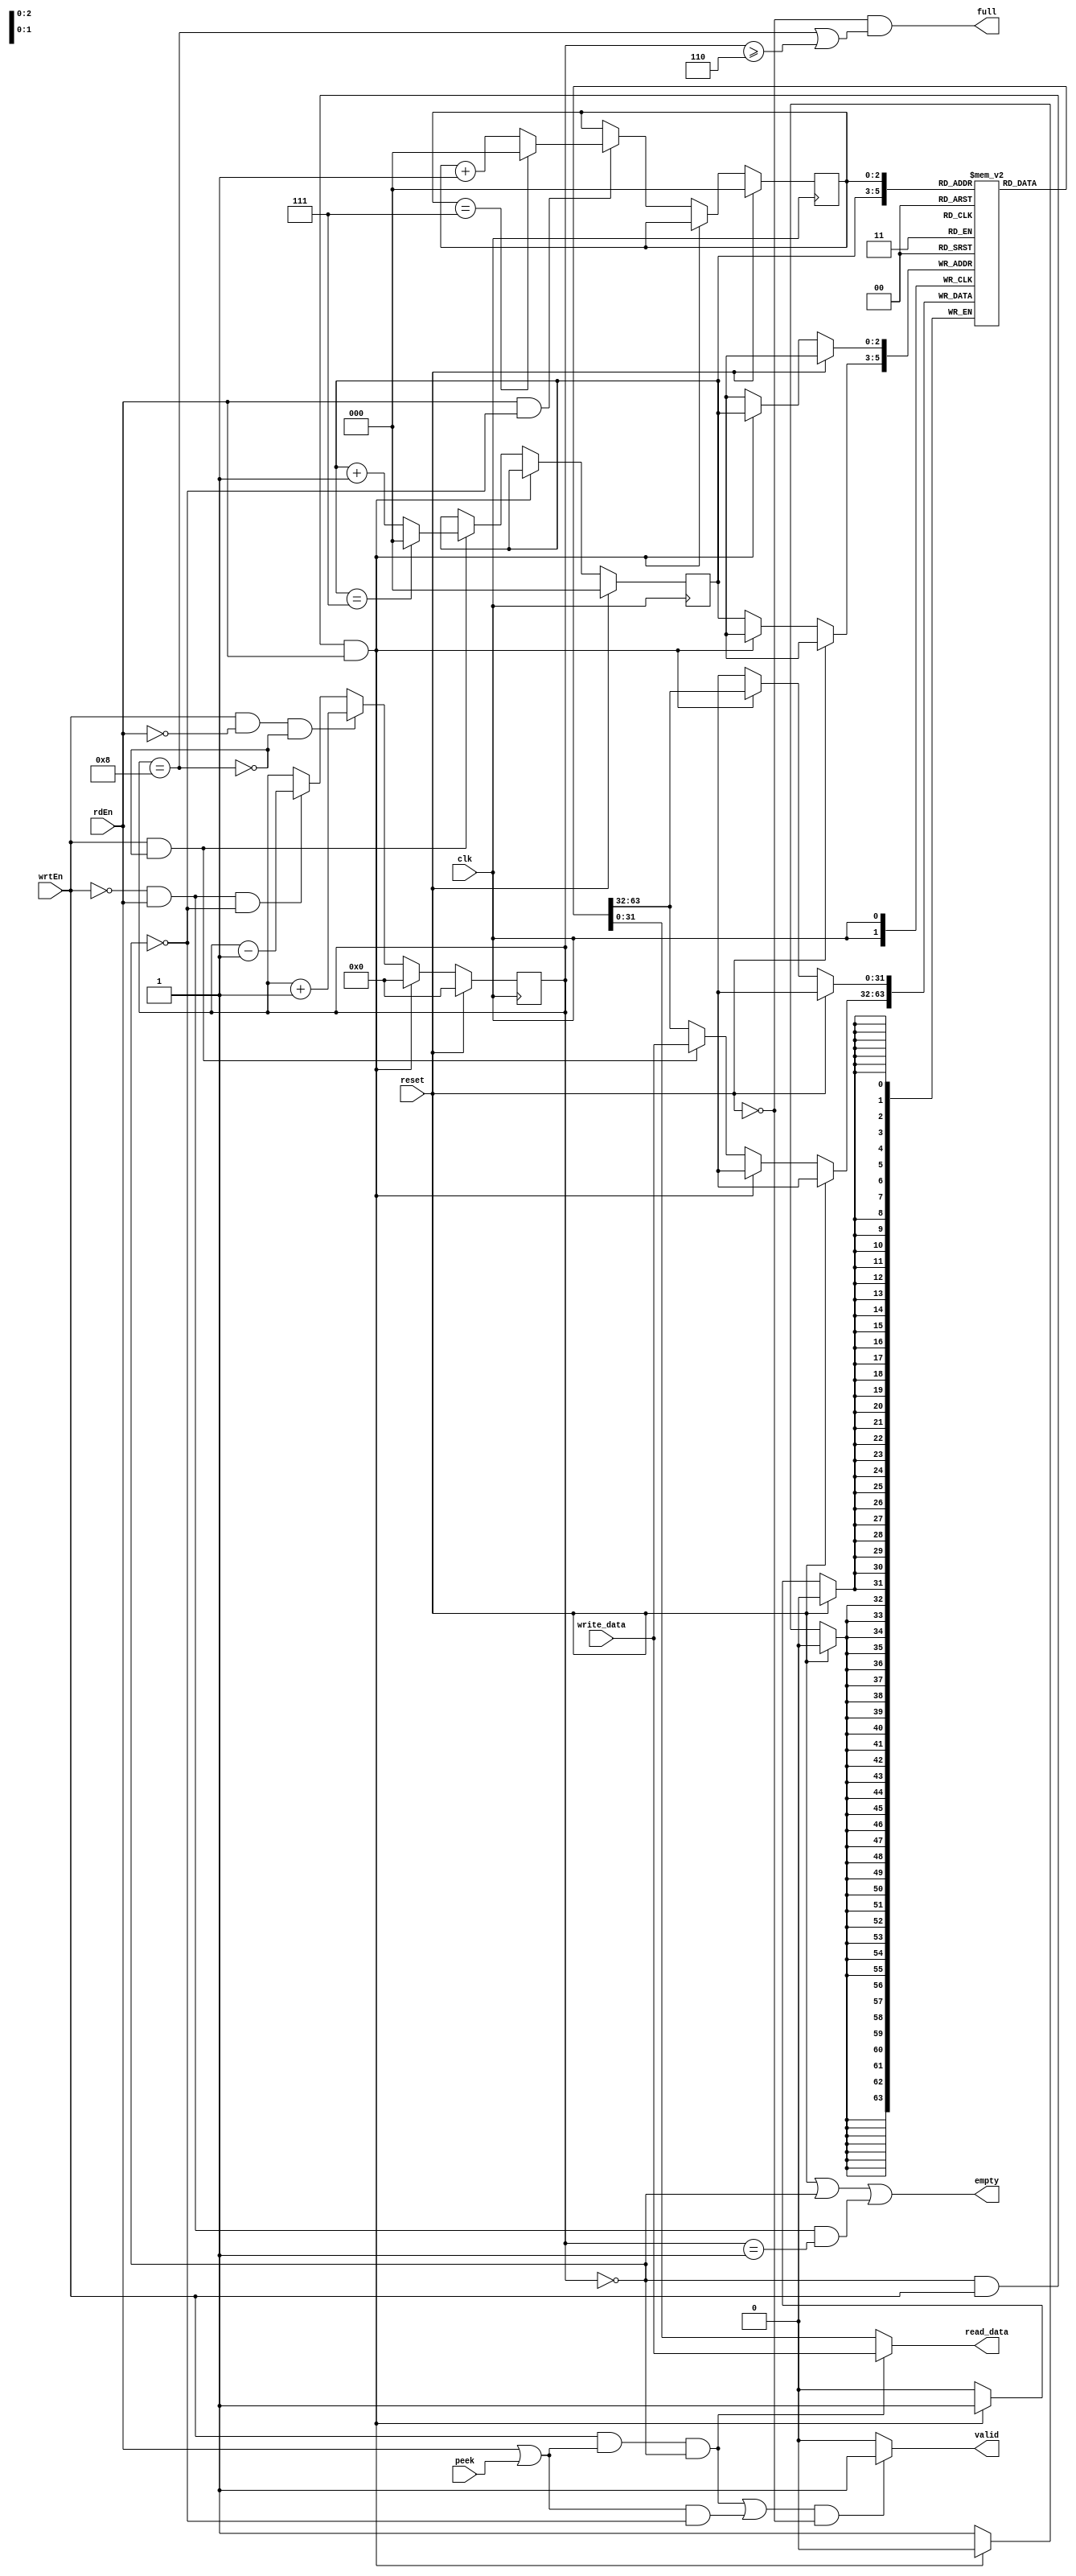
/** @module : fifo
 *  @author : Secure, Trusted, and Assured Microelectronics (STAM) Center

 *  Copyright (c) 2022 Trireme (STAM/SCAI/ASU)
 *  Permission is hereby granted, free of charge, to any person obtaining a copy
 *  of this software and associated documentation files (the "Software"), to deal
 *  in the Software without restriction, including without limitation the rights
 *  to use, copy, modify, merge, publish, distribute, sublicense, and/or sell
 *  copies of the Software, and to permit persons to whom the Software is
 *  furnished to do so, subject to the following conditions:
 *  The above copyright notice and this permission notice shall be included in
 *  all copies or substantial portions of the Software.

 *  THE SOFTWARE IS PROVIDED "AS IS", WITHOUT WARRANTY OF ANY KIND, EXPRESS OR
 *  IMPLIED, INCLUDING BUT NOT LIMITED TO THE WARRANTIES OF MERCHANTABILITY,
 *  FITNESS FOR A PARTICULAR PURPOSE AND NONINFRINGEMENT. IN NO EVENT SHALL THE
 *  AUTHORS OR COPYRIGHT HOLDERS BE LIABLE FOR ANY CLAIM, DAMAGES OR OTHER
 *  LIABILITY, WHETHER IN AN ACTION OF CONTRACT, TORT OR OTHERWISE, ARISING FROM,
 *  OUT OF OR IN CONNECTION WITH THE SOFTWARE OR THE USE OR OTHER DEALINGS IN
 *  THE SOFTWARE.
 */

// You can write and read the same data from the fifo during the same
// clock cycle.

module fifo #(
  parameter DATA_WIDTH   = 32,
  parameter Q_DEPTH_BITS = 3,
  parameter Q_IN_BUFFERS = 2
) (
  input clk,
  input reset,
  input [DATA_WIDTH-1:0] write_data,
  input wrtEn,
  input rdEn,
  input peek,

  output [DATA_WIDTH-1:0] read_data,
  output valid,
  output full,
  output empty
);

localparam Q_DEPTH    = 1 << Q_DEPTH_BITS;
localparam BUFF_DEPTH = Q_DEPTH - Q_IN_BUFFERS;

reg  [Q_DEPTH_BITS-1:0]   front;
reg  [Q_DEPTH_BITS-1:0]   rear;
reg  [DATA_WIDTH - 1: 0]  queue [0:Q_DEPTH-1];
reg  [Q_DEPTH_BITS:0]     current_size;
wire bare   = (current_size == 0);
wire filled = (current_size == Q_DEPTH);
integer i;

//--------------Code Starts Here-----------------------
always @ (posedge clk) begin
  if (reset) begin
    front        <= 0;
    rear         <= 0;
    current_size <= 0;
  end
  else  begin
    if(bare & wrtEn & rdEn) begin
      queue [rear]  <= queue [rear];
      rear          <= rear;
      front         <= front;
      current_size  <= 0;
    end
    else begin
      queue [rear]  <= (wrtEn & ~filled)? write_data : queue [rear];
      rear          <= (wrtEn & ~filled)? (rear == (Q_DEPTH -1))? 0 :
               (rear + 1) : rear;
      front         <= (rdEn & ~bare)? (front == (Q_DEPTH -1))? 0 :
               (front + 1) : front;
      current_size  <= (wrtEn & ~rdEn & ~filled)? (current_size + 1) :
               (~wrtEn & rdEn & ~bare)?
               (current_size -1): current_size;
    end

    if (wrtEn & filled) begin
         $display ("ERROR: Trying to enqueue data: %h  on a full Q!",  write_data);
         $display ("INFO:  Q depth %d and current Q size %d",Q_DEPTH, current_size);
     $display ("INFO:  Current head %d and current rear %d",front, rear);
     // For large FIFOs (>5000 words) quartus won't synthesize this because
     // the loop is too large.
     //for (i = 0; i < Q_DEPTH; i=i+1) begin
     // $display ("INFO: Index [%d] data [%h]",i, queue[i]);
     //end
    end
    //if (rdEn & bare & ~wrtEn) $display ("Warning: Trying to dequeue an empty Q!");
    //if (peek & bare & ~wrtEn) $display ("Warning: Peeking at an empty Q!");
  end
end

//----------------------------------------------------
// Drive the outputs
//----------------------------------------------------
assign  read_data   = (wrtEn & (rdEn|peek) & bare)? write_data : queue [front];
assign  valid       = (((wrtEn & (rdEn|peek) & bare) | ((rdEn|peek) & ~bare))& ~reset)? 1 : 0;
assign  full        = (~reset & (filled | (current_size >= BUFF_DEPTH)));
assign  empty       = (reset | bare |(~wrtEn & rdEn & (current_size == 1)));

endmodule